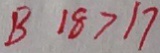
B 1 8 > 1 7